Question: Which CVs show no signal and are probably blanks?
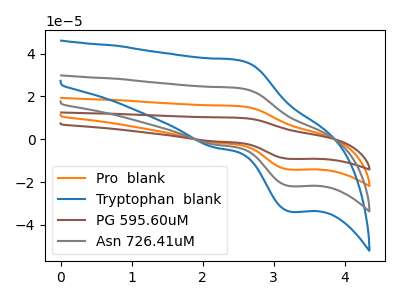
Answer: <think>The orange curve "Pro  blank" has an anodic peak at (2.50V, 47.80uA) and a cathodic peak at (3.25V, -43.85uA). The blue curve "Tryptophan  blank" has an anodic peak at (2.50V, 36.90uA) and a cathodic peak at (3.25V, -33.85uA). The brown curve "PG 595.60uM" has an anodic peak at (2.50V, 71.70uA) and a cathodic peak at (3.25V, -65.75uA). The gray curve "Asn 726.41uM" has an anodic peak at (2.50V, 23.90uA) and a cathodic peak at (3.25V, -21.90uA).</think>
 <answer>There are not any CV's on this graph that are likely to be blanks.</answer>
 <eval>none</eval>